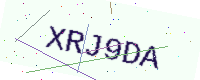
Text: XRJ9DA